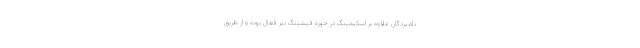
نامبردگان علاوه بر اسکیمینگ در حوزه فیشینگ نیز فعال بوده و از طریق